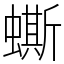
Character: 蟖